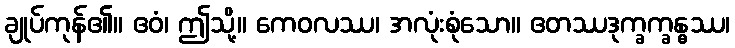
ချုပ်ကုန်၏။ ဧဝံ၊ ဤသို့။ ကေဝလဿ၊ အလုံးစုံသော။ ဧတဿဒုက္ခက္ခန္ဓဿ၊